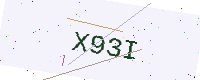
Text: X93I